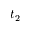
t _ { 2 }